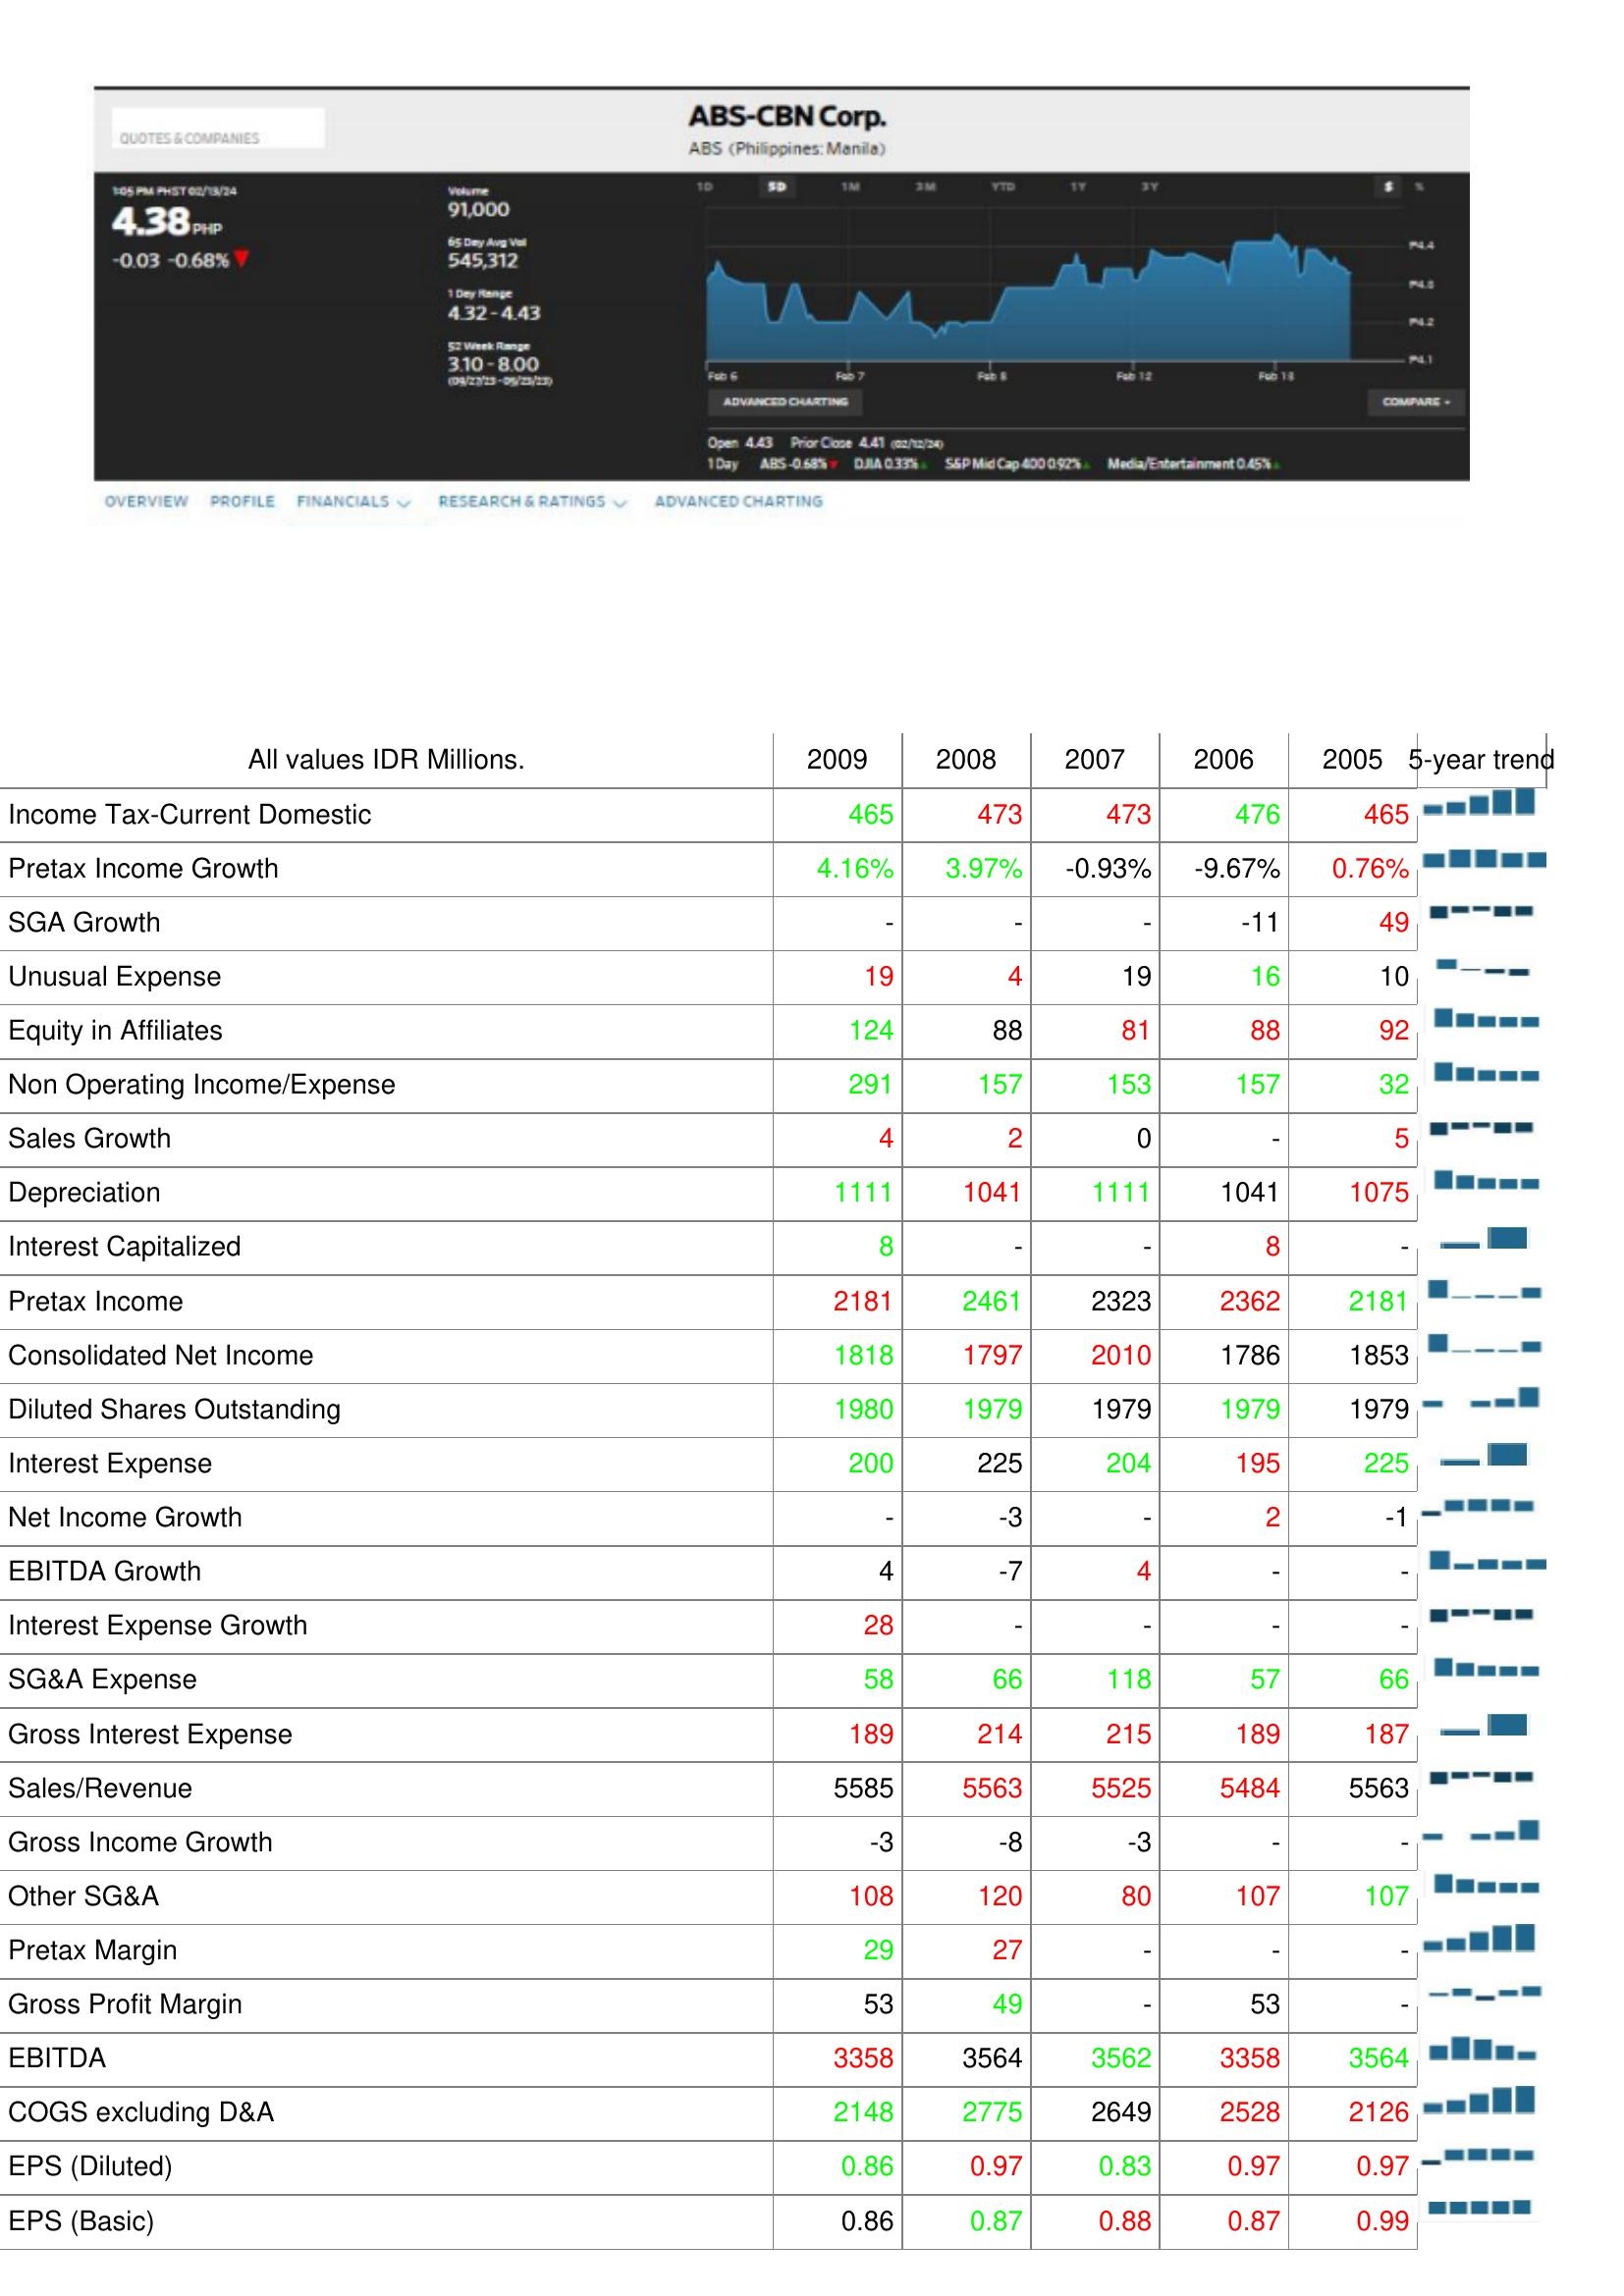
2009: : Income Tax-Current Domestic: 465
Pretax Income Growth: 4.16%
SGA Growth: -
Unusual Expense: 19
Equity in Affiliates: 124
Non Operating Income/Expense: 291
Sales Growth: 4
Depreciation: 1111
Interest Capitalized: 8
Pretax Income: 2181
Consolidated Net Income: 1818
Diluted Shares Outstanding: 1980
Interest Expense: 200
Net Income Growth: -
EBITDA Growth: 4
Interest Expense Growth: 28
SG&A Expense: 58
Gross Interest Expense: 189
Sales/Revenue: 5585
Gross Income Growth: -3
Other SG&A: 108
Pretax Margin: 29
Gross Profit Margin: 53
EBITDA: 3358
COGS excluding D&A: 2148
EPS (Diluted): 0.86
EPS (Basic): 0.86
2008: : Income Tax-Current Domestic: 473
Pretax Income Growth: 3.97%
SGA Growth: -
Unusual Expense: 4
Equity in Affiliates: 88
Non Operating Income/Expense: 157
Sales Growth: 2
Depreciation: 1041
Interest Capitalized: -
Pretax Income: 2461
Consolidated Net Income: 1797
Diluted Shares Outstanding: 1979
Interest Expense: 225
Net Income Growth: -3
EBITDA Growth: -7
Interest Expense Growth: -
SG&A Expense: 66
Gross Interest Expense: 214
Sales/Revenue: 5563
Gross Income Growth: -8
Other SG&A: 120
Pretax Margin: 27
Gross Profit Margin: 49
EBITDA: 3564
COGS excluding D&A: 2775
EPS (Diluted): 0.97
EPS (Basic): 0.87
2007: : Income Tax-Current Domestic: 473
Pretax Income Growth: -0.93%
SGA Growth: -
Unusual Expense: 19
Equity in Affiliates: 81
Non Operating Income/Expense: 153
Sales Growth: 0
Depreciation: 1111
Interest Capitalized: -
Pretax Income: 2323
Consolidated Net Income: 2010
Diluted Shares Outstanding: 1979
Interest Expense: 204
Net Income Growth: -
EBITDA Growth: 4
Interest Expense Growth: -
SG&A Expense: 118
Gross Interest Expense: 215
Sales/Revenue: 5525
Gross Income Growth: -3
Other SG&A: 80
Pretax Margin: -
Gross Profit Margin: -
EBITDA: 3562
COGS excluding D&A: 2649
EPS (Diluted): 0.83
EPS (Basic): 0.88
2006: : Income Tax-Current Domestic: 476
Pretax Income Growth: -9.67%
SGA Growth: -11
Unusual Expense: 16
Equity in Affiliates: 88
Non Operating Income/Expense: 157
Sales Growth: -
Depreciation: 1041
Interest Capitalized: 8
Pretax Income: 2362
Consolidated Net Income: 1786
Diluted Shares Outstanding: 1979
Interest Expense: 195
Net Income Growth: 2
EBITDA Growth: -
Interest Expense Growth: -
SG&A Expense: 57
Gross Interest Expense: 189
Sales/Revenue: 5484
Gross Income Growth: -
Other SG&A: 107
Pretax Margin: -
Gross Profit Margin: 53
EBITDA: 3358
COGS excluding D&A: 2528
EPS (Diluted): 0.97
EPS (Basic): 0.87
2005: : Income Tax-Current Domestic: 465
Pretax Income Growth: 0.76%
SGA Growth: 49
Unusual Expense: 10
Equity in Affiliates: 92
Non Operating Income/Expense: 32
Sales Growth: 5
Depreciation: 1075
Interest Capitalized: -
Pretax Income: 2181
Consolidated Net Income: 1853
Diluted Shares Outstanding: 1979
Interest Expense: 225
Net Income Growth: -1
EBITDA Growth: -
Interest Expense Growth: -
SG&A Expense: 66
Gross Interest Expense: 187
Sales/Revenue: 5563
Gross Income Growth: -
Other SG&A: 107
Pretax Margin: -
Gross Profit Margin: -
EBITDA: 3564
COGS excluding D&A: 2126
EPS (Diluted): 0.97
EPS (Basic): 0.99